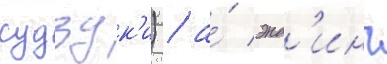
судзук'и) / а́ энд'инг